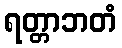
ရတ္တာဘတံ